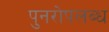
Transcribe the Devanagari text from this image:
पुनरोपलब्ध